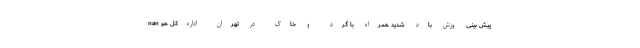
nan پیش بینی وزش باد شدید همراه با گرد و خاک در تهران اداره‌کل هو